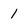
Character: 1